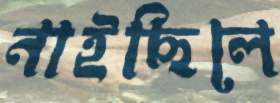
নাইছিলে